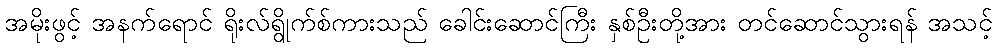
အမိုးဖွင့် အနက်ရောင် ရိုးလ်ရွိုက်စ်ကားသည် ခေါင်းဆောင်ကြီး နှစ်ဦးတို့အား တင်ဆောင်သွားရန် အသင့်